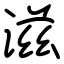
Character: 滋